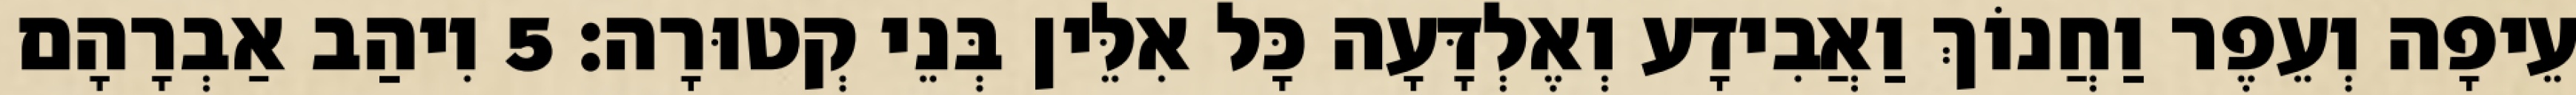
עֵיפָה וְעֵפֶר וַחֲנוֹךְ וַאֲבִידָע וְאֶלְדָּעָה כָּל אִלֵּין בְּנֵי קְטוּרָה׃ 5 וִיהַב אַבְרָהָם